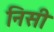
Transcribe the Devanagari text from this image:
निसी